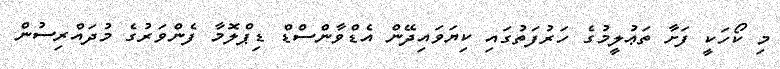
މި ކޯހަކީ ފަށާ ތަޢުލީމުގެ ހަރުފަތުގައި ކިޔަވައިދޭން އެޑްވާންސްޑް ޑިޕްލޮމާ ފެންވަރުގެ މުދައްރިސުން